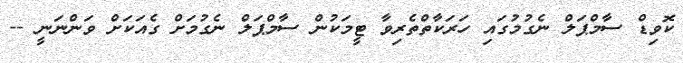
ކޮވިޑް ސާމްޕަލް ނެގުމުގައި ހަރަކާތްތެރިވާ ޓީމަކުން ސާމްޕަލް ނެގުމަށް ގެއަކަށް ވަންނަނީ --